Document type: Sale
Year: 1430
Scribe: [Unknown]
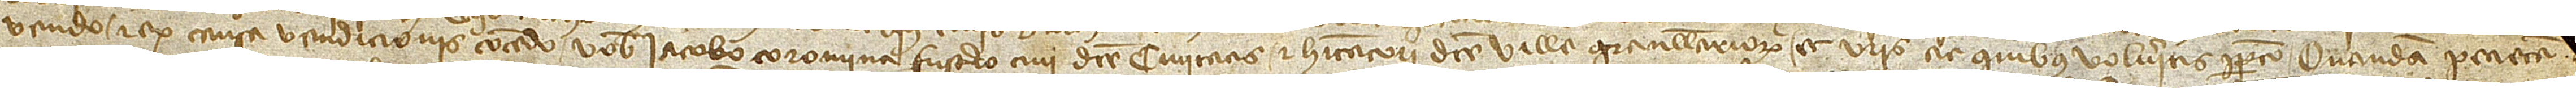
vendo et ex causa vendicionis concedo vobis Iacobo Coromina, fusterio, civi dicte civitatis et habitatori dicte ville Granullariorum, et vestris ac quibus volueritis perpetuo quandam pecietam [terre, cum]